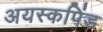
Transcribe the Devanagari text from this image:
अयस्कपिंड